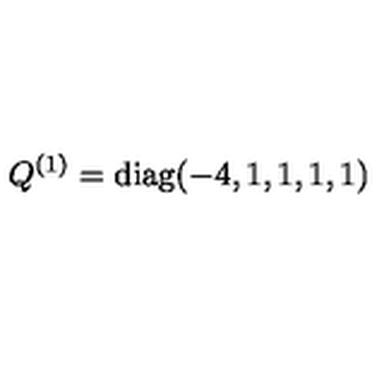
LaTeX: Q ^ { ( 1 ) } = \mathrm { d i a g } ( - 4 , 1 , 1 , 1 , 1 )